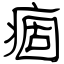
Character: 痼